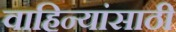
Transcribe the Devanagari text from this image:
वाहिन्यांसाठी